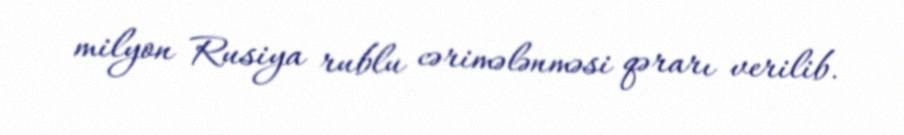
milyon Rusiya rublu cərimələnməsi qərarı verilib.